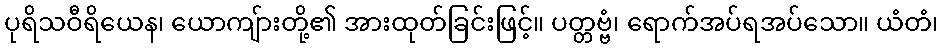
ပုရိသဝီရိယေန၊ ယောကျ်ားတို့၏ အားထုတ်ခြင်းဖြင့်။ ပတ္တဗ္ဗံ၊ ရောက်အပ်ရအပ်သော။ ယံတံ၊